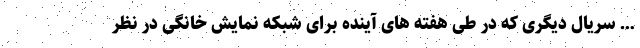
… سریال دیگری که در طی هفته های آینده برای شبکه نمایش خانگی در نظر